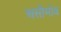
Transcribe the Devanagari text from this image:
असीमोव